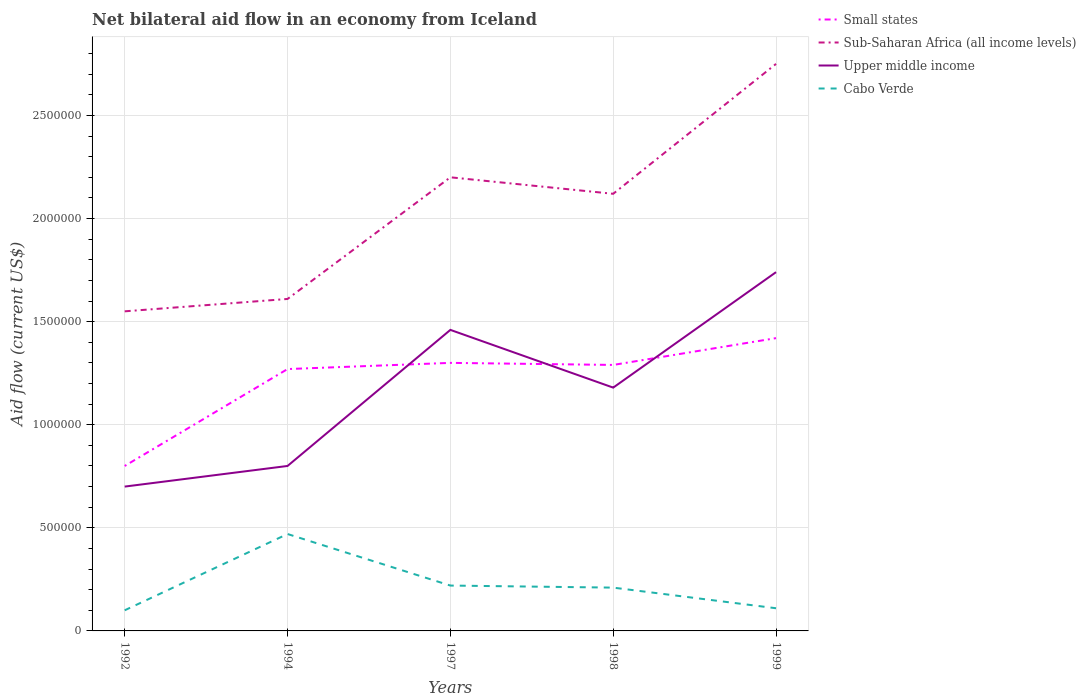
| Years | Small states | Sub-Saharan Africa (all income levels) | Upper middle income | Cabo Verde |
 | --- | --- | --- | --- | --- |
 | 1992 | 8e+05 | 1.55e+06 | 7e+05 | 1e+05 |
 | 1994 | 1.27e+06 | 1.61e+06 | 8e+05 | 4.7e+05 |
 | 1997 | 1.3e+06 | 2.2e+06 | 1.46e+06 | 2.2e+05 |
 | 1998 | 1.29e+06 | 2.12e+06 | 1.18e+06 | 2.1e+05 |
 | 1999 | 1.42e+06 | 2.75e+06 | 1.74e+06 | 1.1e+05 |